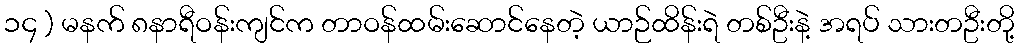
၁၄ ) မနက် ၈နာရီဝန်းကျင်က တာဝန်ထမ်းဆောင်နေတဲ့ ယာဉ်ထိန်းရဲ တစ်ဦးနဲ့ အရပ် သားတဦးတို့